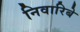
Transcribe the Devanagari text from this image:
निवारिबे